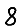
Digit: 8